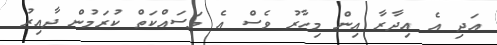
އަދި އެ އިދާރާ އިން މިހާރު ވެސް އެ މަސައްކަތް ކުރަމުން ދާއިރު